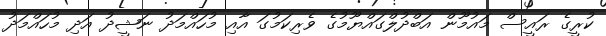
ކުރީގެ ރައީސް މައުމޫން އަބްދުލްގައްޔޫމުގެ ވެރިކަމުގަ އާއި މުހައްމަދު ނަޝީދު އަދި މުހައްމަދު